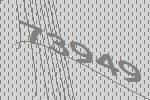
73949